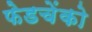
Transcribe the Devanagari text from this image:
फेडचेंको